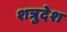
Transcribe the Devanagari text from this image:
शत्रुदेश